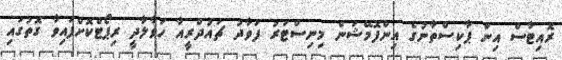
ރޮއިޓާސް އިން ޕާކިސްތާނުގެ އިންފޮމޭޝަން މިނިސްޓަރު ފަވާދު ޗައުދްރީއާ ހަވާލާދީ ރިޕޯޓްކޮށްފައިވާ ގޮތުގައި